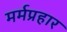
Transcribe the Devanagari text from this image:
मर्मप्रहार